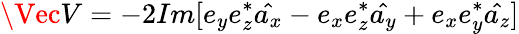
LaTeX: \Vec{V}=-2Im[e_{y}e_{z}^{*}\hat{a_{x}}-e_{x}e_{z}^{*}\hat{a_{y}}+e_{x}e_{y}^{*}\hat{a_{z}}]